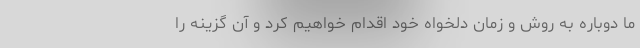
ما دوباره به روش و زمان دلخواه خود اقدام خواهیم کرد و آن گزینه را